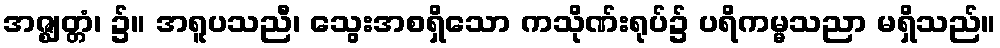
အဇ္ဈတ္တံ၊ ၌။ အရူပသညီ၊ သွေးအစရှိသော ကသိုဏ်းရုပ်၌ ပရိကမ္မသညာ မရှိသည်။